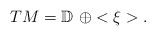
\begin{align*}TM=\mathbb{D}\,\, \oplus <\xi>.\end{align*}